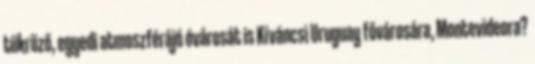
tükröző, egyedi atmoszférájó óvárosát is Kíváncsi Uruguay fővárosára, Montevideora?